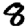
Digit: 8